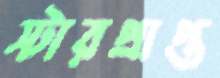
স্টারপ্রাপ্ত